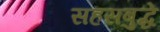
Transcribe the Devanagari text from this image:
सहसबुद्धे